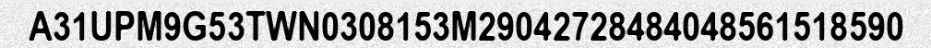
A31UPM9G53TWN0308153M29042728484048561518590